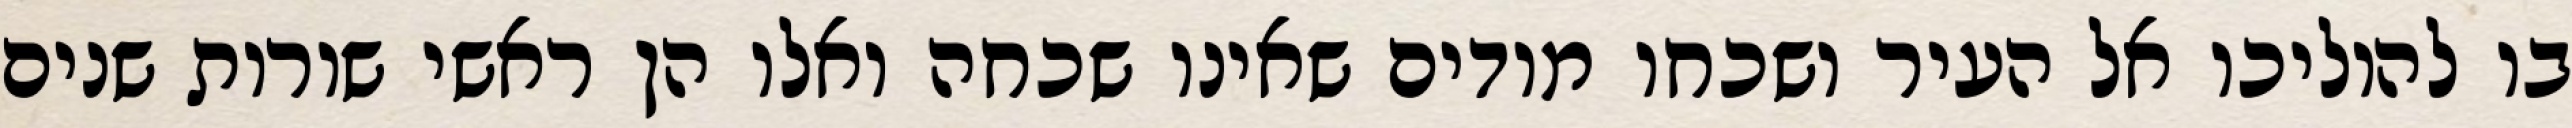
בו להוליכו אל העיר ושכחו מודים שאינו שכחה ואלו הן ראשי שורות שנים